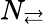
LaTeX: N_{\rightleftarrows}